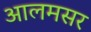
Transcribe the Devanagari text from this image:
आलमसर